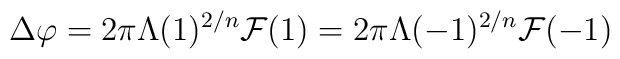
\Delta\varphi=2\pi \Lambda(1)^{2/n}{\cal F}(1)=2\pi \Lambda(-1)^{2/n}{\cal F}(-1)